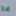
اداة